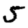
Digit: 5